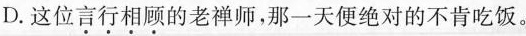
D.这位\underset{·}{言}\underset{·}{行}\underset{·}{相}\underset{·}{顾}的老禅师，那一天便绝对的不肯吃饭。